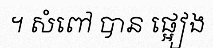
។ សំពៅ បាន ផ្អៀង